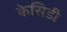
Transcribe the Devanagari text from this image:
केसिडी